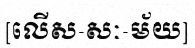
[លើស-សៈ-ម័យ]